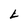
Character: L